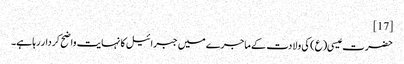
[17]
حضرت عیسی(ع) کی ولادت کے ماجرے میں جبرائیل کا نہایت واضح کردار رہا ہے۔